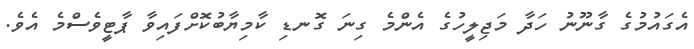
އެގައުމުގެ ގާނޫނު ހަދާ މަޖިލީހުގެ އެންމެ ގިނަ ގޮނޑި ކާމިޔާބުކޮށްފައިވާ ޕާޓީވެސްމެ އެވެ.